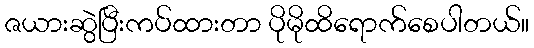
ဇယားဆွဲပြီးကပ်ထားတာ ပိုမိုထိရောက်စေပါတယ်။